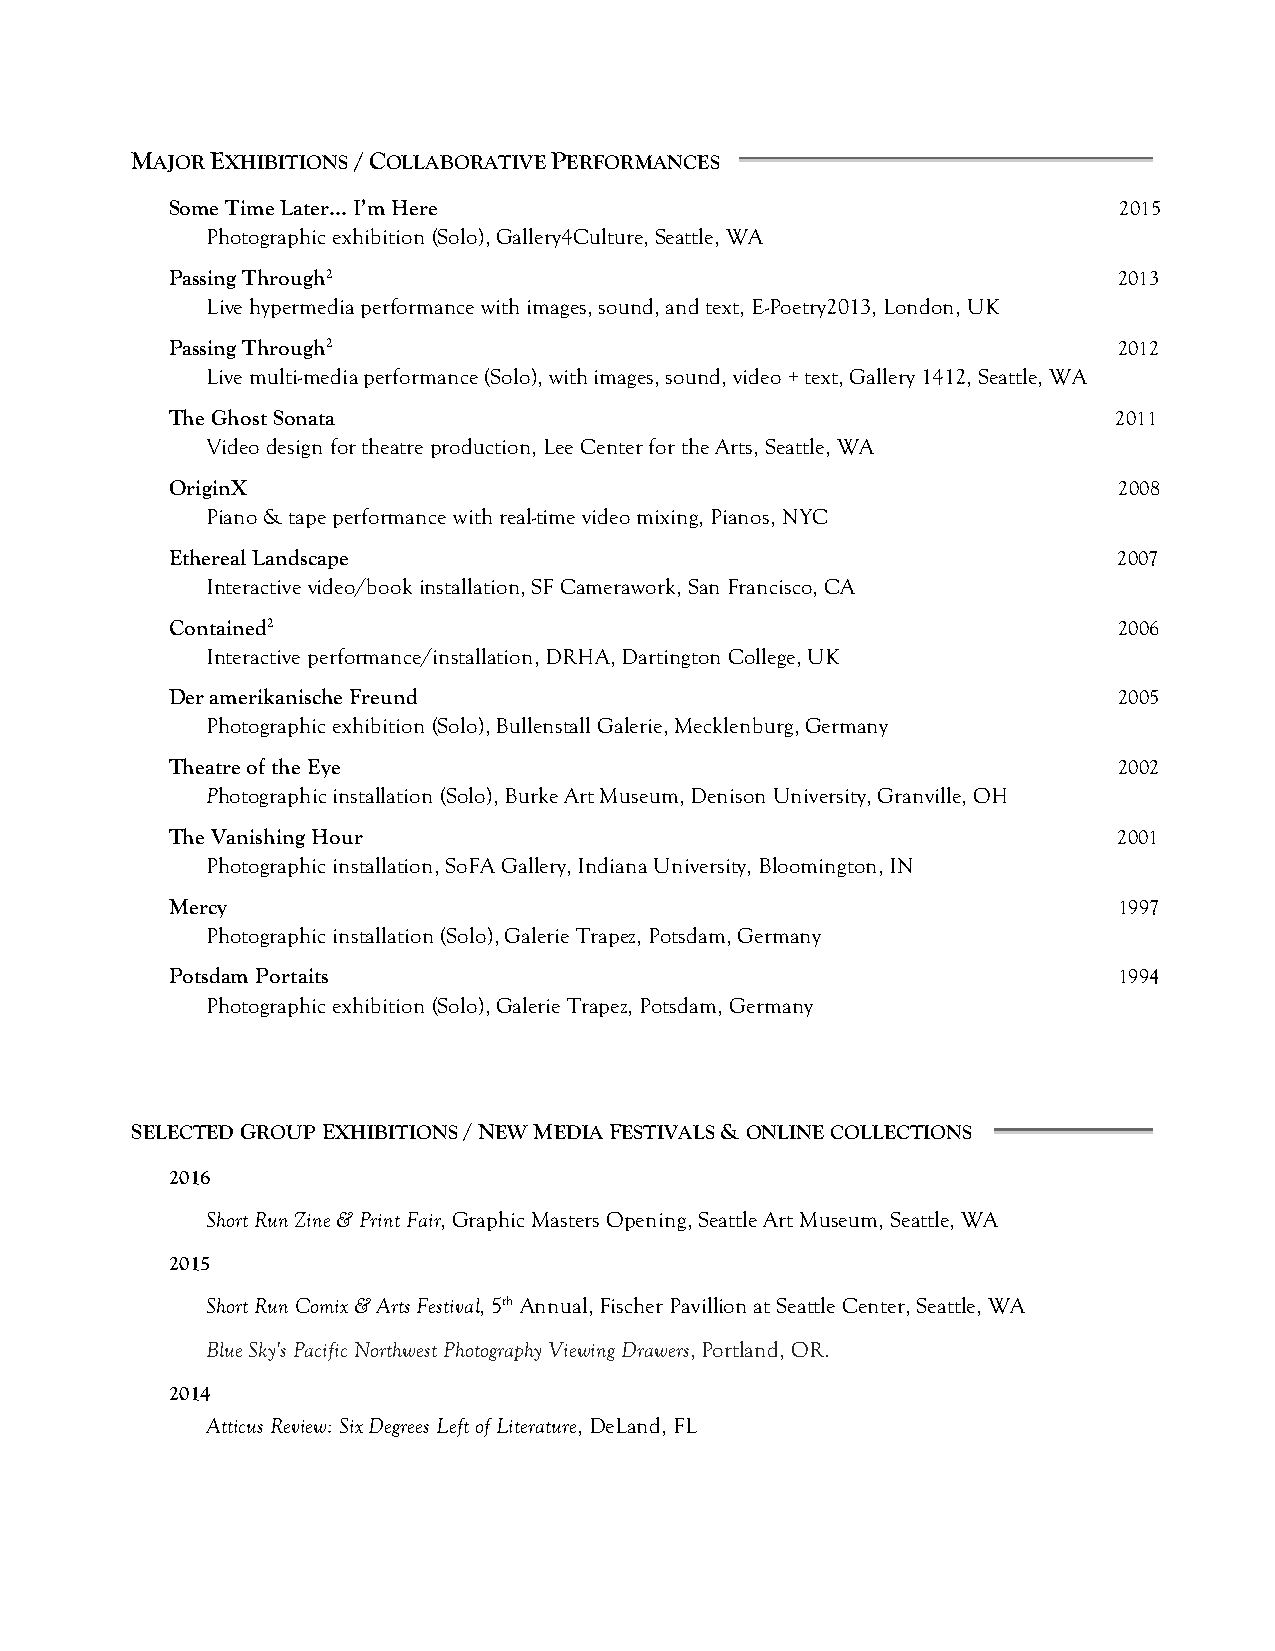
MAJOR EXHIBITIONS / COLLABORATIVE PERFORMANCES
 Some Time Later… I’m Here                                      2015
 Photographic exhibition (Solo), Gallery4Culture, Seattle, WA
 Passing Through2                                               2013
 Live hypermedia performance with images, sound, and text, E-Poetry2013, London, UK
 Passing Through2                                               2012
 Live multi-media performance (Solo), with images, sound, video + text, Gallery 1412, Seattle, WA
 The Ghost Sonata                                               2011
 Video design for theatre production, Lee Center for the Arts, Seattle, WA
 OriginX                                                        2008
 Piano & tape performance with real-time video mixing, Pianos, NYC
 Ethereal Landscape                                             2007
 Interactive video/book installation, SF Camerawork, San Francisco, CA
 Contained2                                                     2006
 Interactive performance/installation, DRHA, Dartington College, UK
 Der amerikanische Freund                                       2005
 Photographic exhibition (Solo), Bullenstall Galerie, Mecklenburg, Germany
 Theatre of the Eye                                             2002
 Photographic installation (Solo), Burke Art Museum, Denison University, Granville, OH
 The Vanishing Hour                                             2001
 Photographic installation, SoFA Gallery, Indiana University, Bloomington, IN
 Mercy                                                          1997
 Photographic installation (Solo), Galerie Trapez, Potsdam, Germany
 Potsdam Portaits                                               1994
 Photographic exhibition (Solo), Galerie Trapez, Potsdam, Germany
 SELECTED GROUP EXHIBITIONS / NEW MEDIA FESTIVALS & ONLINE COLLECTIONS
 2016
 Short Run Zine & Print Fair, Graphic Masters Opening, Seattle Art Museum, Seattle, WA
 2015
 Short Run Comix & Arts Festival, 5th Annual, Fischer Pavillion at Seattle Center, Seattle, WA
 Blue Sky's Pacific Northwest Photography Viewing Drawers, Portland, OR.
 2014
 Atticus Review: Six Degrees Left of Literature, DeLand, FL